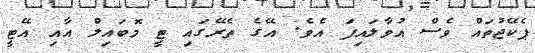
ޕެކޭޖުތައް ވެސް އުވާލައިފަ އެވެ. އޭގެ ތެރޭގައި ޓީ މޮބައިލް އާއި އޭޓީ